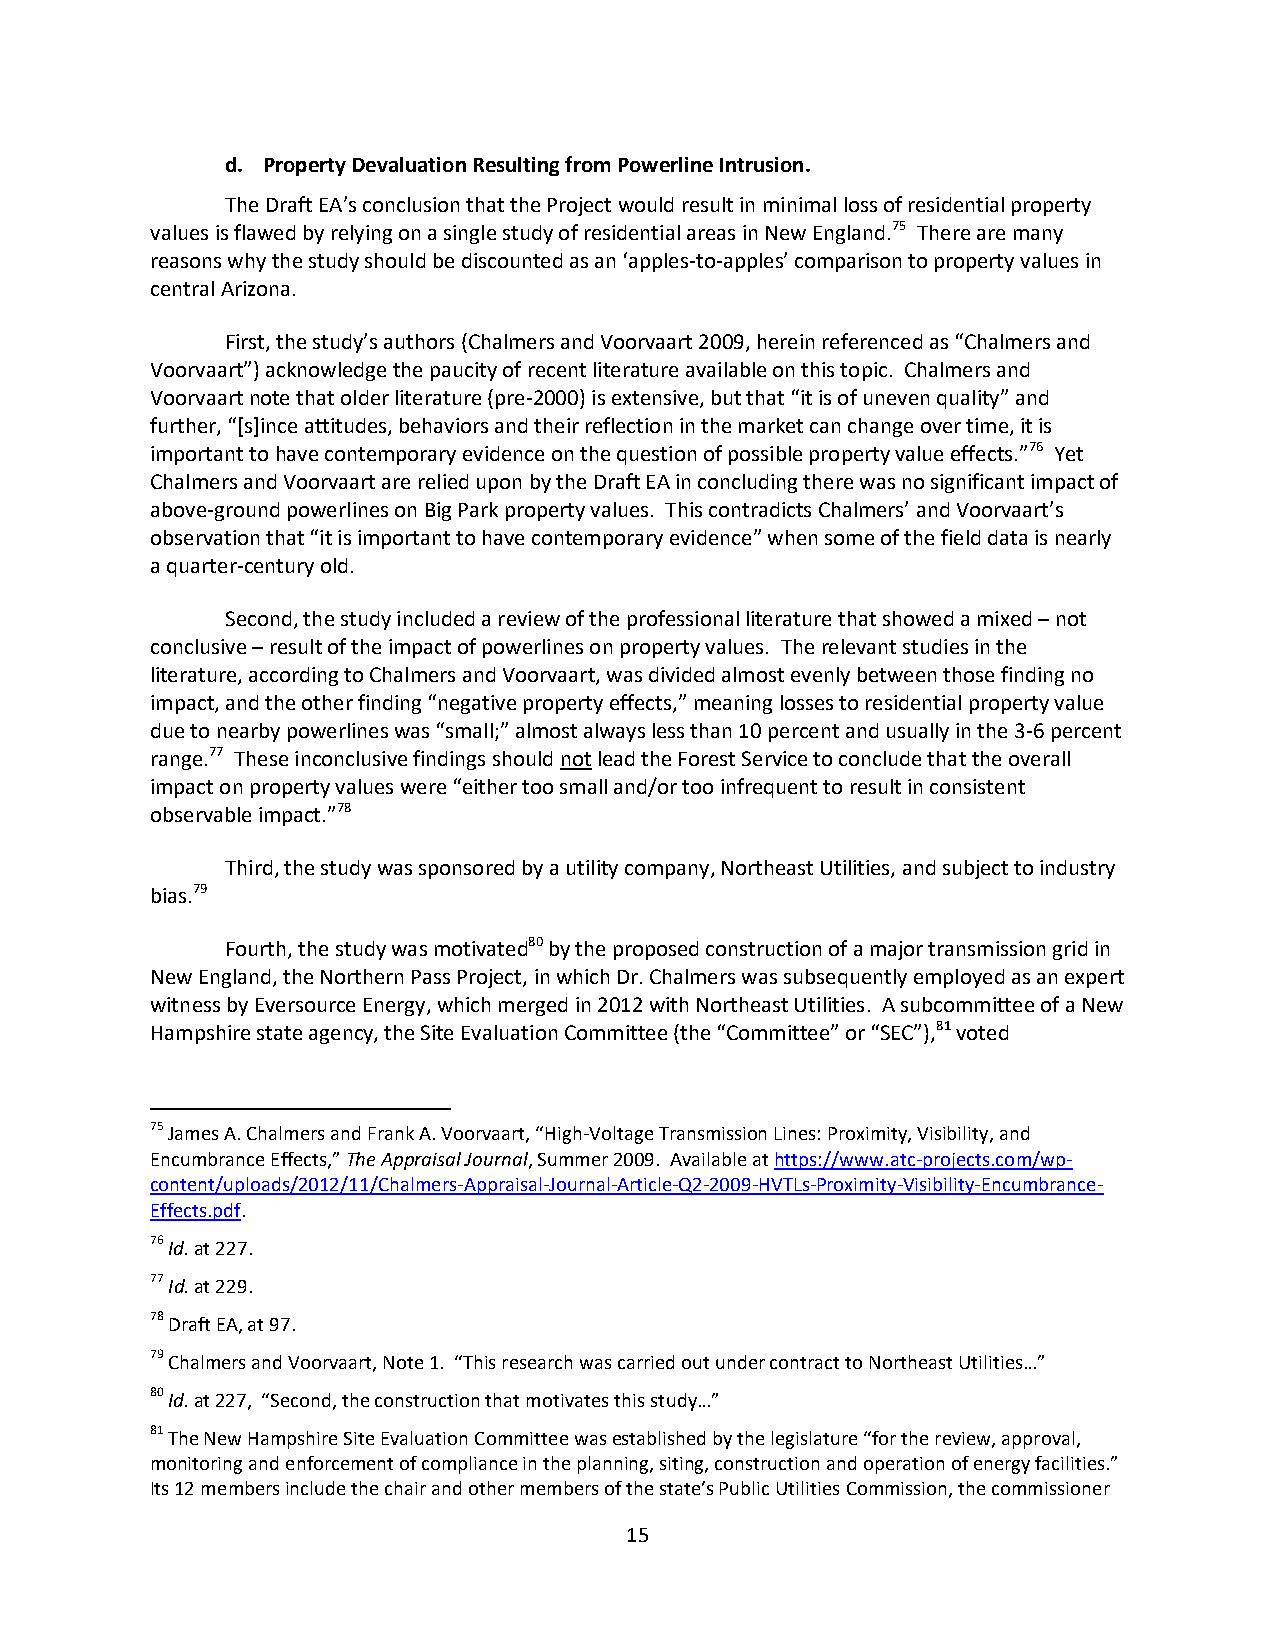
d. Property Devaluation Resulting from Powerline Intrusion.
 The Draft EA’s conclusion that the Project would result in minimal loss of residential property
 values is flawed by relying on a single study of residential areas in New England.75 There are many
 reasons why the study should be discounted as an ‘apples-to-apples’ comparison to property values in
 central Arizona.
 First, the study’s authors (Chalmers and Voorvaart 2009, herein referenced as “Chalmers and
 Voorvaart”) acknowledge the paucity of recent literature available on this topic. Chalmers and
 Voorvaart note that older literature (pre-2000) is extensive, but that “it is of uneven quality” and
 further, “[s]ince attitudes, behaviors and their reflection in the market can change over time, it is
 important to have contemporary evidence on the question of possible property value effects.”76 Yet
 Chalmers and Voorvaart are relied upon by the Draft EA in concluding there was no significant impact of
 above-ground powerlines on Big Park property values. This contradicts Chalmers’ and Voorvaart’s
 observation that “it is important to have contemporary evidence” when some of the field data is nearly
 a quarter-century old.
 Second, the study included a review of the professional literature that showed a mixed – not
 conclusive – result of the impact of powerlines on property values. The relevant studies in the
 literature, according to Chalmers and Voorvaart, was divided almost evenly between those finding no
 impact, and the other finding “negative property effects,” meaning losses to residential property value
 due to nearby powerlines was “small;” almost always less than 10 percent and usually in the 3-6 percent
 range.77 These inconclusive findings should not lead the Forest Service to conclude that the overall
 impact on property values were “either too small and/or too infrequent to result in consistent
 observable impact.”78
 Third, the study was sponsored by a utility company, Northeast Utilities, and subject to industry
 bias.79
 Fourth, the study was motivated80 by the proposed construction of a major transmission grid in
 New England, the Northern Pass Project, in which Dr. Chalmers was subsequently employed as an expert
 witness by Eversource Energy, which merged in 2012 with Northeast Utilities. A subcommittee of a New
 Hampshire state agency, the Site Evaluation Committee (the “Committee” or “SEC”),81 voted
 75 James A. Chalmers and Frank A. Voorvaart, “High-Voltage Transmission Lines: Proximity, Visibility, and
 Encumbrance Effects,” The Appraisal Journal, Summer 2009. Available at https://www.atc-projects.com/wp-
 content/uploads/2012/11/Chalmers-Appraisal-Journal-Article-Q2-2009-HVTLs-Proximity-Visibility-Encumbrance-
 Effects.pdf.
 76 Id. at 227.
 77 Id. at 229.
 78 Draft EA, at 97.
 79 Chalmers and Voorvaart, Note 1. “This research was carried out under contract to Northeast Utilities…”
 80 Id. at 227, “Second, the construction that motivates this study…”
 81 The New Hampshire Site Evaluation Committee was established by the legislature “for the review, approval,
 monitoring and enforcement of compliance in the planning, siting, construction and operation of energy facilities.”
 Its 12 members include the chair and other members of the state’s Public Utilities Commission, the commissioner
 15